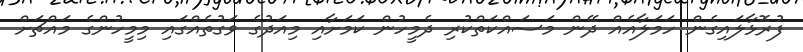
ފުރޮޅާލައިގެން ހަމަލާއެއް ދޭން މަސައްކަތްކުރި ދެމީހުން ކަމަށާއި މިއަދުގެ ވަގުތެއްގައި މިމީހުންގެ މައްޗަށް